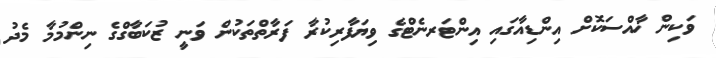
ވަކިން ޚާއްސަކޮށް އިންޑިއާގައި އިންޓަރނެޓްގެ ވިޔަފާރިކުރާ ފަރާތްތަކުން ވަނީ ޒުކަބާގްގެ ނިންމުމާ މެދު